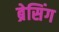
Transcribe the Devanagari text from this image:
ब्रेसिंग